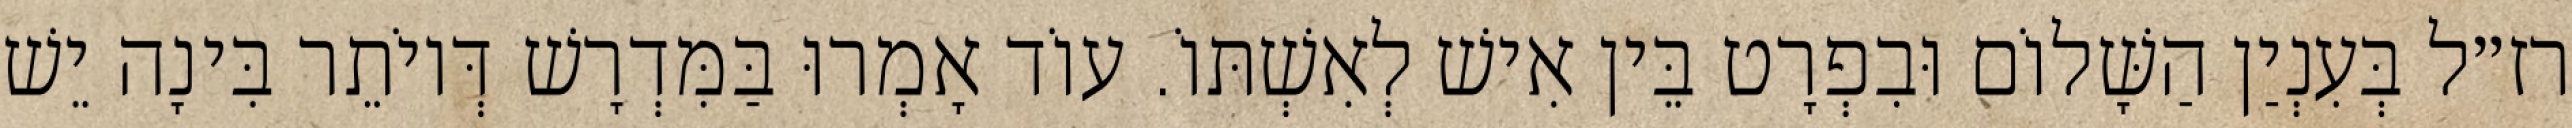
רז״ל בְּעִנְיַן הַשָּׁלוֹם וּבִפְרָט בֵּין אִישׁ לְאִשְׁתּוֹ. עוֹד אָמְרוּ בַּמִּדְרָשׁ דְּיוֹתֵר בִּינָה יֵשׁ